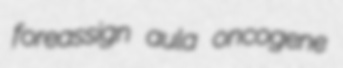
foreassign aula oncogene